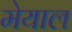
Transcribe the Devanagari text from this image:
मेयाल